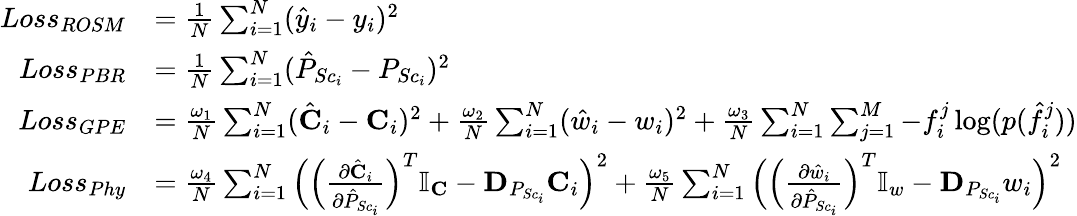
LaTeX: \begin{array}{rl}{Loss_{ROSM}}&{=\frac{1}{N}\sum_{i=1}^{N}(\hat{y}_{i}-y_{i})^{2}}\\ {Loss_{PBR}}&{=\frac{1}{N}\sum_{i=1}^{N}(\hat{P}_{{Sc}_{i}}-P_{{Sc}_{i}})^{2}}\\ {Loss_{GPE}}&{=\frac{\omega_{1}}{N}\sum_{i=1}^{N}(\hat{\textbf{C}}_{i}-\textbf{C}_{i})^{2}+\frac{\omega_{2}}{N}\sum_{i=1}^{N}(\hat{w}_{i}-w_{i})^{2}+\frac{\omega_{3}}{N}\sum_{i=1}^{N}\sum_{j=1}^{M}-f_{i}^{j}\log(p(\hat{f}_{i}^{j}))}\\ {Loss_{Phy}}&{=\frac{\omega_{4}}{N}\sum_{i=1}^{N}\Big(\Big(\frac{\partial\hat{\textbf{C}}_{i}}{\partial\hat{P}_{{Sc}_{i}}}\Big)^{T}\mathbb{I}_{\textbf{C}}-\textbf{D}_{P_{{Sc}_{i}}}\textbf{C}_{i}\Big)^{2}+\frac{\omega_{5}}{N}\sum_{i=1}^{N}\Big(\Big(\frac{\partial\hat{w}_{i}}{\partial\hat{P}_{{Sc}_{i}}}\Big)^{T}\mathbb{I}_{w}-\textbf{D}_{P_{{Sc}_{i}}}w_{i}\Big)^{2}}\end{array}